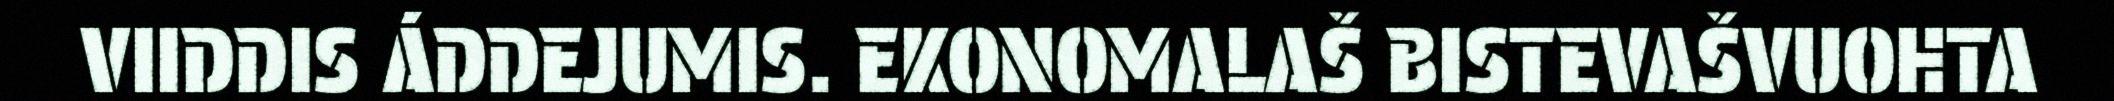
VIIDDIS ÁDDEJUMIS. EKONOMALAŠ BISTEVAŠVUOHTA